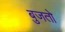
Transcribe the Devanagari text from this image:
बुजतो